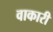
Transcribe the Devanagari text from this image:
वाकारी